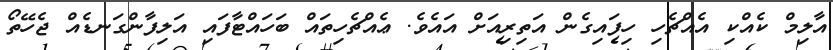
އާލިމް ކެއްކި އެއްޗެހި ހިފައިގެން އަތިރިއަށް އައެވެ. ޢެއްޗެހިތައް ބަހައްޓާފައި އަލިފާންގަނޑެއް ޖެހޭތޯ